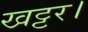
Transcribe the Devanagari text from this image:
खट्टर।